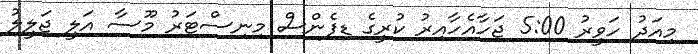
މިއަދު ހަވީރު 5:00 ޖަހާއެހާއިރު ކުރީގެ ޑިފެންސް މިނިސްޓަރު މޫސާ އަލީ ޖަލީލު